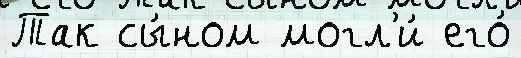
Так сы́ном могл'и́ его́